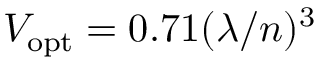
V _ { \mathrm { o p t } } = 0 . 7 1 ( \lambda / n ) ^ { 3 }